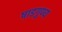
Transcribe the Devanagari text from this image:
षाडगुण्य